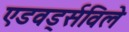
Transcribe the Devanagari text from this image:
एडवर्ड्सविले